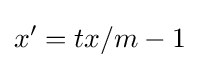
x'=tx/m-1